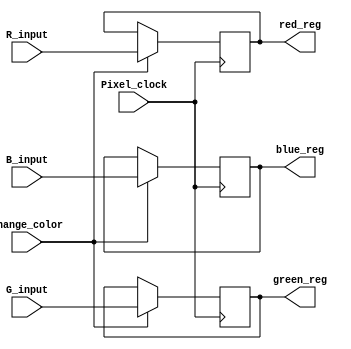
module Function_one(
    input Pixel_clock,
	 input R_input,
	 input G_input,
	 input B_input,
	 input change_color,
    output reg red_reg=1'b0,
    output reg green_reg=1'b0,
    output reg blue_reg=1'b0
    );
	 


always@(posedge Pixel_clock)
begin
	 if(change_color)
	 begin
	     red_reg<=R_input;
		  green_reg<=G_input;
		  blue_reg<=B_input;
	 end
	 else
	 begin
	     red_reg<=red_reg;
		  green_reg<=green_reg;
		  blue_reg<=blue_reg;
	 end
end


endmodule